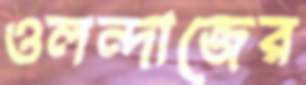
ওলন্দাজের